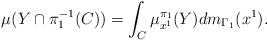
LaTeX: \begin{align*}\mu(Y\cap \pi_1^{-1}(C))=\int_{C}\mu_{x^1}^{\pi_1}(Y)d m_{\Gamma_1}(x^1).\end{align*}